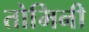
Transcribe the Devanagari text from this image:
तोमिनी